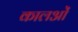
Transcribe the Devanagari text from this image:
कालओं